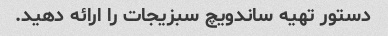
دستور تهیه ساندویچ سبزیجات را ارائه دهید.